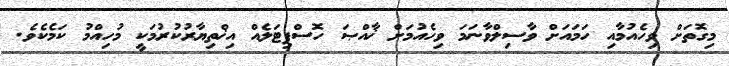
މިގޮތަށް ވިހެއުމާއި ހަމައަށް ވާސިލްވާނަމަ ވިހެއުމަށް ޚާއްޞަ ހޮސްޕިޓަލެއް އިޚްތިޔާރުކުރުމަކީ މުހިއްމު ކަމެކެވެ.